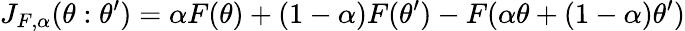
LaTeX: J_{F,\alpha}(\theta:\theta^{\prime})=\alpha F(\theta)+(1-\alpha)F(\theta^{\prime})-F(\alpha\theta+(1-\alpha)\theta^{\prime})